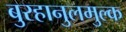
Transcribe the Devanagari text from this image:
बुरहानुलमुल्क